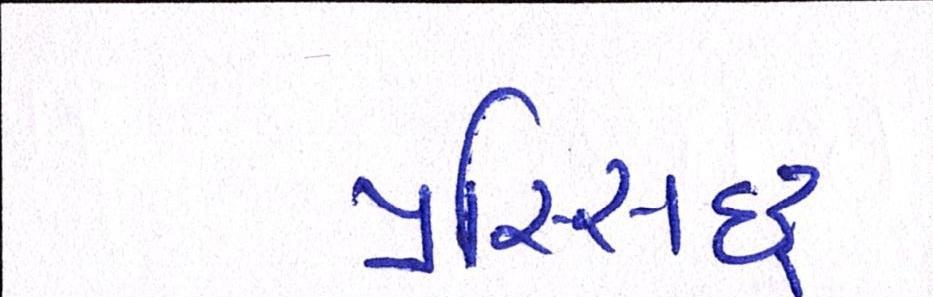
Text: પ્રસ્સિદ્ધ